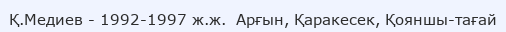
Қ.Медиев - 1992-1997 ж.ж.  Арғын, Қаракесек, Қояншы-тағай